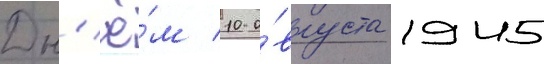
Дн'ё́м 10 а́вгуста 1945